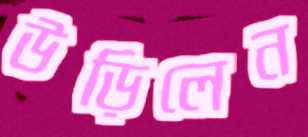
উড়িলেন